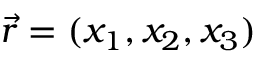
\vec { r } = ( x _ { 1 } , x _ { 2 } , x _ { 3 } )